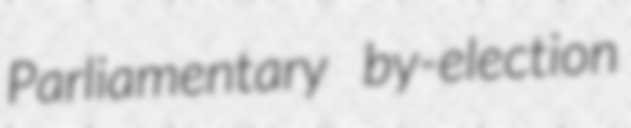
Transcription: Parliamentary by-election